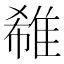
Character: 𨿕